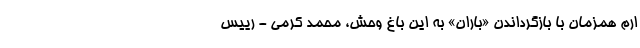
ارم همزمان با بازگرداندن «باران» به این باغ وحش، محمد کرمی - رییس